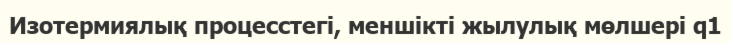
Изотермиялық процесстегі, меншікті жылулық мөлшері q1